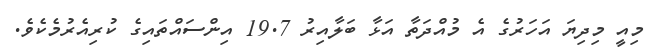
މިއީ މިދިޔަ އަހަރުގެ އެ މުއްދަތާ އަޅާ ބަލާއިރު 19.7 އިންސައްތައިގެ ކުރިއެރުމެކެވެ.